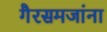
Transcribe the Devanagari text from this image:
गैरसमजांना